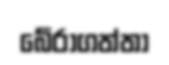
බේරාගත්තා